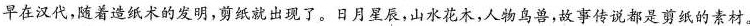
早在汉代，随着造纸术的发明，剪纸就出现了。日月星辰，山水花木，人物鸟兽，故事传说都是剪纸的素材。